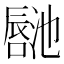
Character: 𪢏